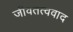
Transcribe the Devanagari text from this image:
जीवतत्ववाद